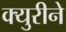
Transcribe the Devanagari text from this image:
क्युरीने